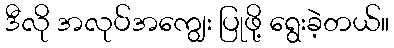
ဒီလို အလုပ်အကျွေး ပြုဖို့ ရွေးခဲ့တယ်။